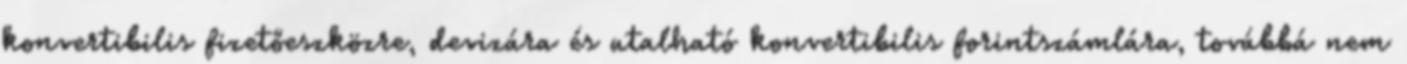
konvertibilis fizetőeszközre, devizára és utalható konvertibilis forintszámlára, továbbá nem